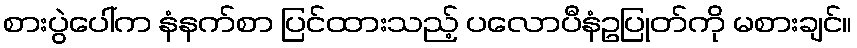
စားပွဲပေါ်က နံနက်စာ ပြင်ထားသည့် ပလောပီနံဥပြုတ်ကို မစားချင်။